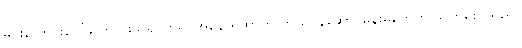
မင်းလောင်းပေါ်ကြောင်းသိ၍ ဘုရင်အနော်ရထာက ကိုယ်ဝန်ဆောင်မိန်းမတွေကို သတ်စေ သည်။